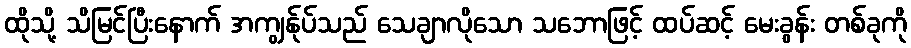
ထိုသို့ သိမြင်ပြီးနောက် အကျွန်ုပ်သည် သေချာလိုသော သဘောဖြင့် ထပ်ဆင့် မေးခွန်း တစ်ခုကို